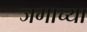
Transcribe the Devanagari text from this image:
जगाच्‍या